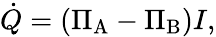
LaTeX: {\dot{Q}}=(\Pi_{\mathrm{A}}-\Pi_{\mathrm{B}})I,